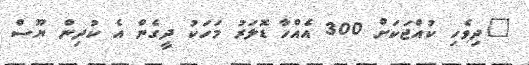
"ދިވެހި ކުއްޖަކަށް 300 އެއްހާ ޑޮލަރު މަހަކު ދީގެން އެ ކުދިން ޔޫސް